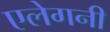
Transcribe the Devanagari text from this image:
एलेगनी